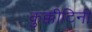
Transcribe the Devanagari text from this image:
कुक्कीटिनी